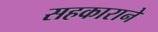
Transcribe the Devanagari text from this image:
सहकाराने